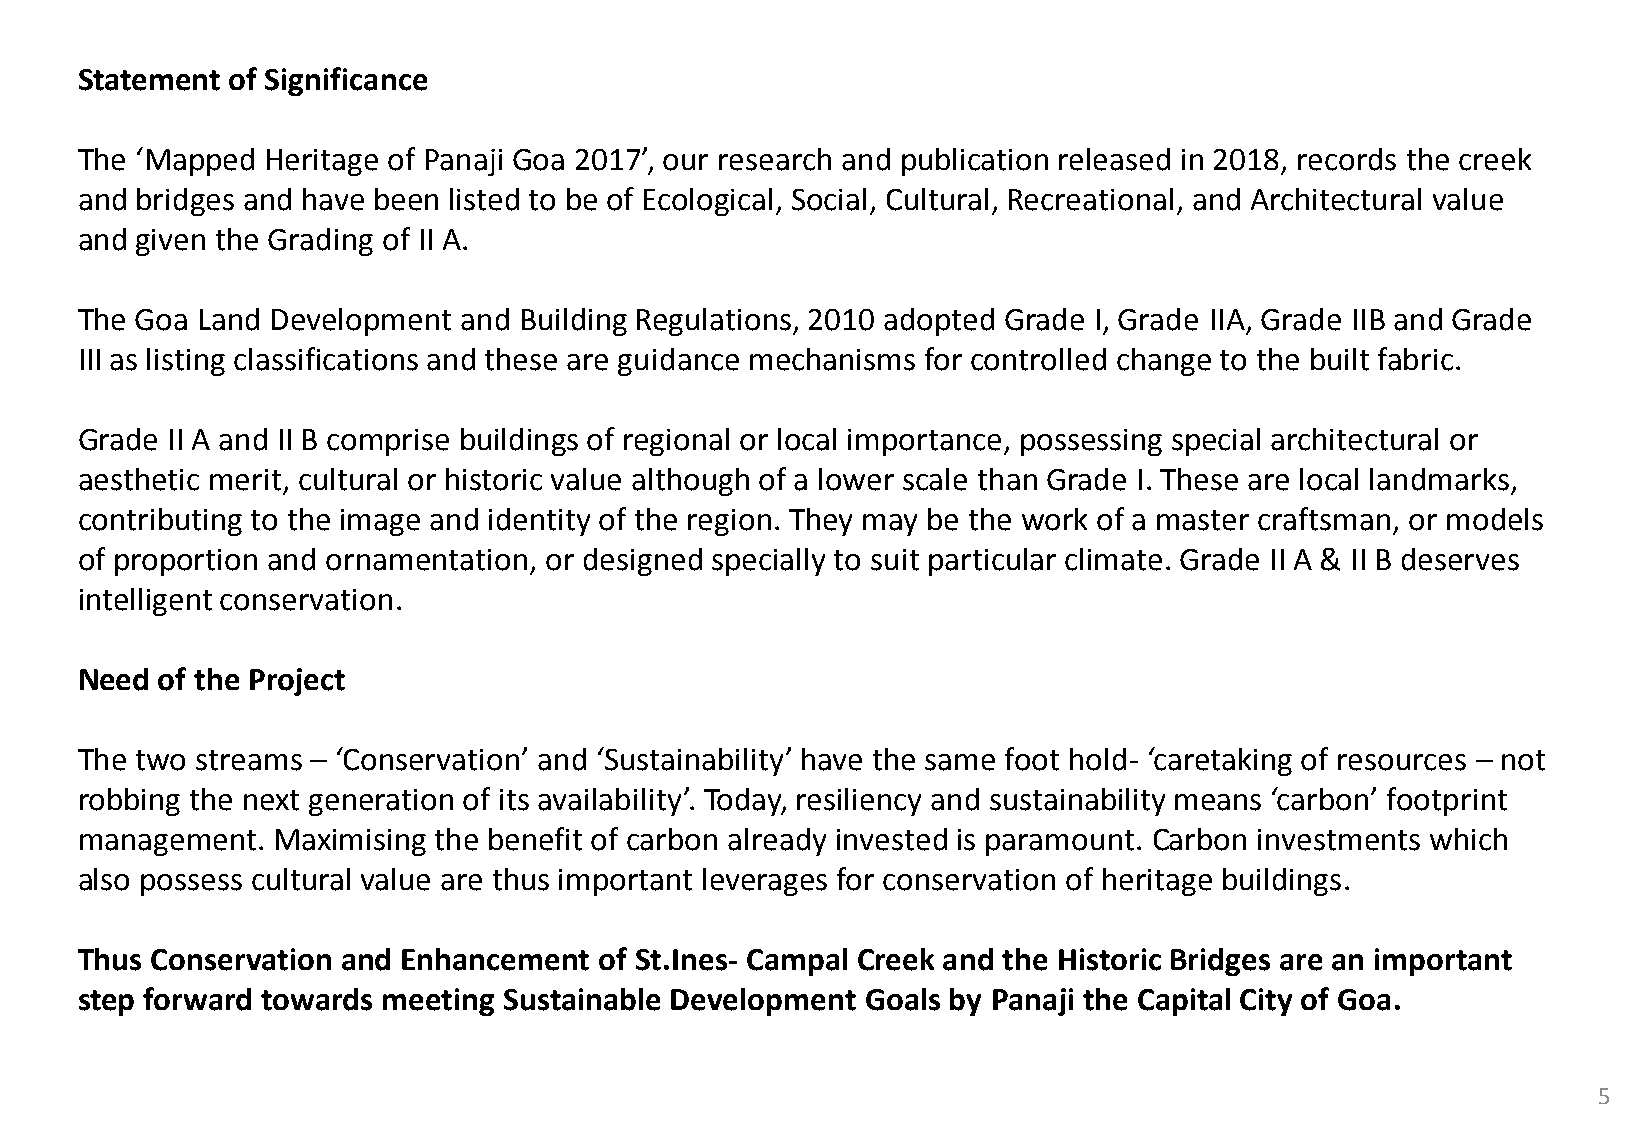
Statement of Significance
 The ‘Mapped  Heritage of Panaji Goa 2017’, our research and publication released in 2018, records the creek
 and bridges and have been listed to be of Ecological, Social, Cultural, Recreational, and Architectural value
 and given the Grading of II A.
 The Goa Land Development and Building Regulations, 2010 adopted Grade I, Grade IIA, Grade IIB and Grade
 III as listing classifications and these are guidance mechanisms for controlled change to the built fabric.
 Grade II A and II B comprise buildings of regional or local importance, possessing special architectural or
 aesthetic merit, cultural or historic value although of a lower scale than Grade I. These are local landmarks,
 contributing to the image and identity of the region. They may be the work of a master craftsman, or models
 of proportion and ornamentation, or designed specially to suit particular climate. Grade II A & II B deserves
 intelligent conservation.
 Need of the Project
 The two streams – ‘Conservation’ and ‘Sustainability’ have the same foot hold- ‘caretaking of resources – not
 robbing the next generation of its availability’. Today, resiliency and sustainability means ‘carbon’ footprint
 management.  Maximising the benefit of carbon already invested is paramount. Carbon investments which
 also possess cultural value are thus important leverages for conservation of heritage buildings.
 Thus Conservation and Enhancement  of St.Ines- Campal Creek and the Historic Bridges are an important
 step forward towards meeting Sustainable Development Goals by Panaji the Capital City of Goa.
 5